system: You are a helpful assistant.
user:
Analyze the provided spectrum to determine if it is a **S-type Star**.

- **Key Indicators for S-type Star:**

    - **(Overall Spectrum Shape):** The first and most obvious characteristic is the overall continuum (the "baseline" shape). It is **extremely "red-sloping,"** meaning the flux (light intensity) is very low on the left side (blue, ~4000-4500 Å) and rises steeply and continuously toward the right side (red, ~7000 Å+).

    - **(Primary):** The spectrum is defined by the presence of strong, broad molecular absorption "valleys" (bands) from **Zirconium Oxide (ZrO)**. The identification of these bands is the **primary requirement** for classifying a star as S-type.
        - **(Key Bandheads):** You must find distinct, deep "dips" where the light has been absorbed. The most critical band systems to locate are:
            - **~6474 Å** ($\gamma$-system): This is often the strongest and clearest ZrO feature, found in the red part of the spectrum.
            - **~5718 Å** & **~5551 Å** ($\beta$-system): A pair of prominent absorption features in the yellow-orange part of the spectrum.
            - **~4640 Å** ($\alpha$-system): A key absorption band system in the blue-green region of the spectrum.

    - **(Secondary Confirmation):** The classification is strengthened by finding additional absorption bands from other related heavy element oxides, which are expected to be present alongside ZrO.
        - **(Key Bandheads):**
            - **Yttrium Oxide (YO):** Look for absorption dips near **~4800 Å** and **~6100 Å**.
            - **Lanthanum Oxide (LaO):** Additional absorption features, particularly in the red-orange part of the spectrum, are also characteristic.

    - **(Line Profile):** The combination of the steep red continuum and these numerous, deep molecular bands (ZrO, YO, etc.) gives the entire spectrum a very **"chopped-up"** or **"bumpy"** appearance. Instead of a smooth curve, the spectrum looks as though large, wide chunks of light have been "carved out" of it at the specific wavelengths listed above.

Think first, call **spectral_visualization_tool** if needed to examine features in detail, then provide your final answer. Your response must adhere to the following strict rules:
1.  **Overall Structure:** Your response must follow the format `<think>...</think> <tool_call>...</tool_call> (if a tool is used) <answer>...</answer>`.
2.  **Tool Usage Constraint:** You may only make **one** tool call per turn.
3.  **Final Answer Format:** In the `<answer>` tag, your conclusion must be inside a `\boxed{}` command (e.g., `\boxed{YES}` or `\boxed{NO}`), followed by your justification.

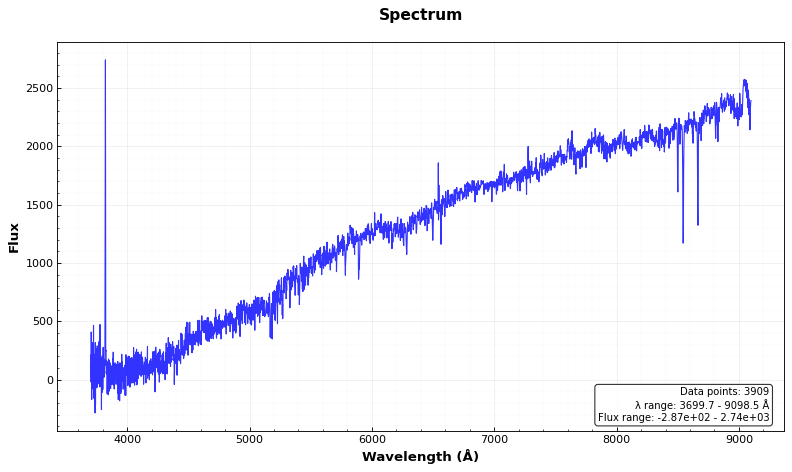
Answer: NO